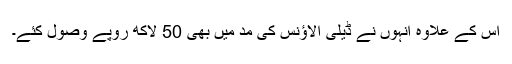
اس کے علاوہ انہوں نے ڈیلی الاؤنس کی مد میں بھی 50 لاکھ روپے وصول کئے۔